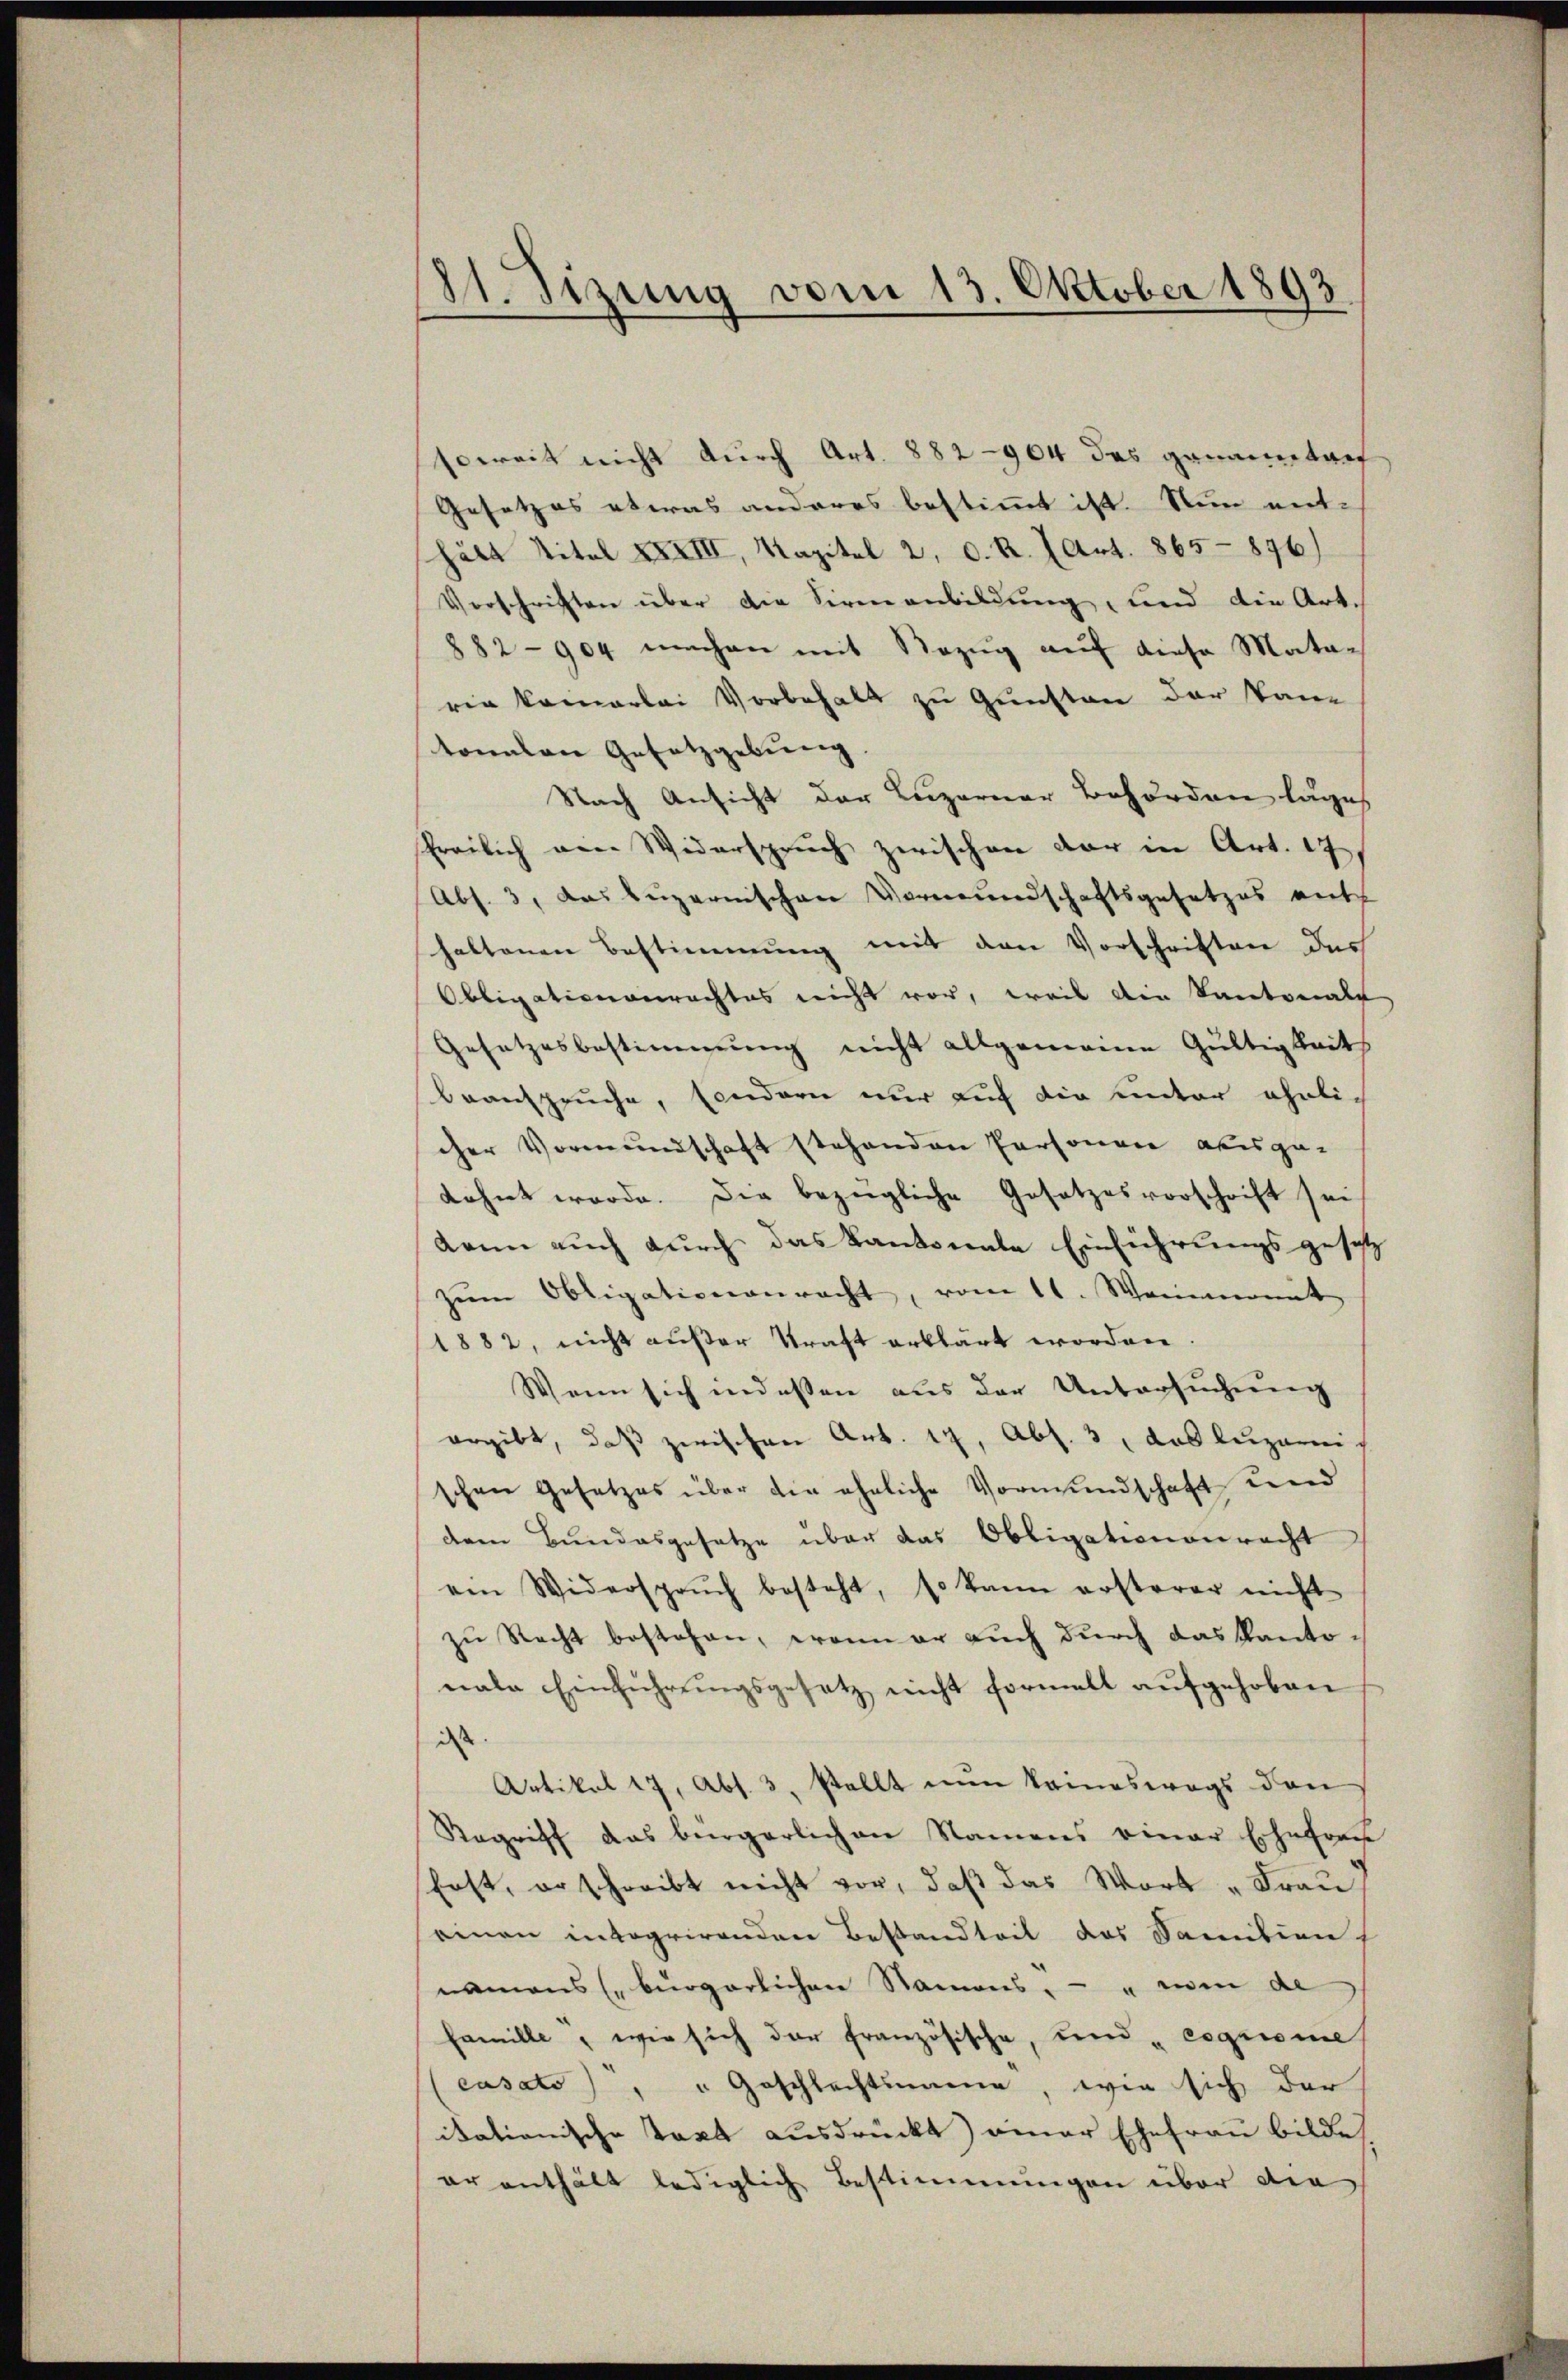
21. Sizung vom 13. Oktober 1893.

soweit nicht durch Art. 882-904 das gananeetref
Gesetzes etwas anderes bestimmt ist. Nun ent-
hält Titel XXXIII, Kapitel 2. d. R. (Art. 865-896)
Verschriften über die Sirnanbildung, und die Art.
882-904 machen mit Bezug auf diese Matarin kamerlei Vorbehalt zu Gunsten der kan-
tonalen Gesetzgebung
Nach Ansicht der Luzerner Behörden läge
freilich von Widerspruch zwischen der in Art. 17
Abs. 3, das Luzernischen Vormŭndschaftsgesetzes ent
haltenen Bestimmung mit den Vorschriften das
Obligationenrechtes nicht vor, weil die Kantonals
Gesetzesbestimmung nicht allgemeine Gültigkeit
beanspruche, sondern nur auf die unter eheli-
cher Vormundschaft stehenden Personen aber ge-
dehnt werde. Die bezügliche Gesetzesvorschrift sei,
kann auch durch das Kantonale Einführungsgesetz
zŭm Obligationenracht, vom 11. Wannamt
1882, nicht außer Kraft erklärt worden
Wenn sich indessen aus der Untersuchung
ergibt, daß zwischen Art. 17, Abs. 3, das Luzern
chen Gesetzes über die eheliche Vormundschaft und
dren Bundesgesetze über das Obligationenrecht
ein Widersprŭch besteht, so kann ersterer nicht
zu Recht bestehen, wenn er auch durch das Kantonale Einführungsgesetz nicht formelt aufgehoben
iss
Artikel 17, Abs. 3. stellt nŭn keineswegs den
Regriff das bürgerlichen Namens einer Ehefrau
fast, erschreibt nicht vor, daß das Wort „Frau
einen integrirenden Bestandteit des Samilien
namens (bürgerlichen Namens, - in de
famille, wie sich der französische, und „cegerie
(casato) " " Geschlechtsame, wie sich der
ikationische Takt ausdrückt) einer Ehefrau bilde
er enthält lediglich Bestimmungen über die¬